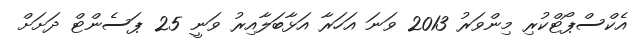
އެކްސްޕޯޓްކުރި މިންވަރު 2013 ވަނަ އަހަރާ އަޅާބަލާއިރު ވަނީ 25 ޕަސެންޓް ދަށަށް